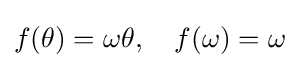
f(\theta )=\omega \theta ,\quad f(\omega )=\omega